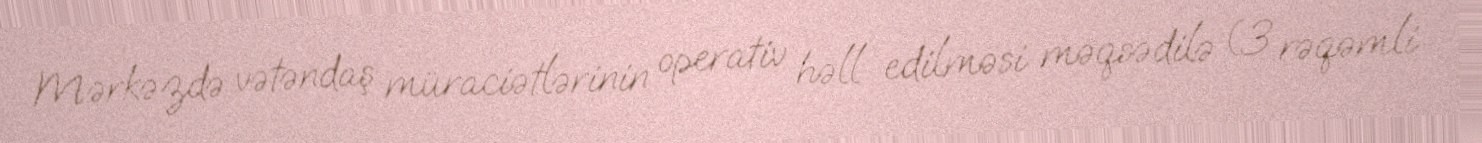
Mərkəzdə vətəndaş müraciətlərinin operativ həll edilməsi məqsədilə (3 rəqəmli